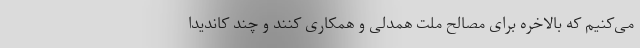
می‌کنیم که بالاخره برای مصالح ملت همدلی و همکاری کنند و چند کاندیدا